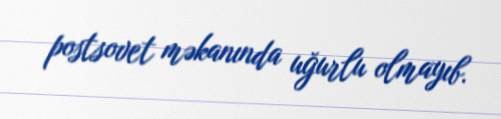
postsovet məkanında uğurlu olmayıb.